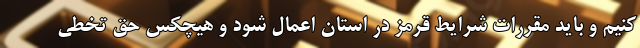
کنیم‌ و باید مقررات شرایط قرمز در استان اعمال شود و هیچکس حق تخطی